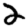
Digit: 2